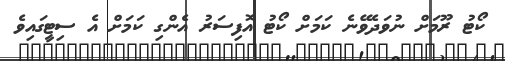
ކޯޓު ރޫމަށް ނުވަދެވޭނެ ކަމަށް ކޯޓު އޮފިސަރު އެންގި ކަމަށް އެ ސިޓީގައިވެ